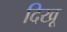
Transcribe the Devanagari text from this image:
दिखू